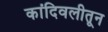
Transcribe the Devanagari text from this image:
कांदिवलीतून